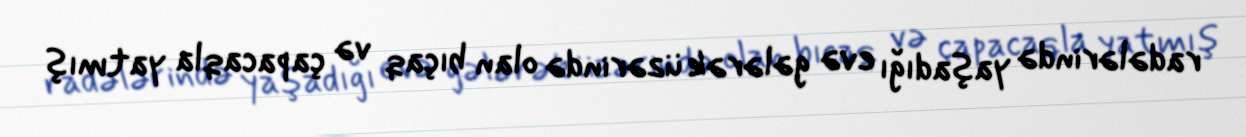
radələrində yaşadığı evə gələrək üzərində olan bıçaq və çapacaqla yatmış